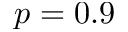
p = 0 . 9